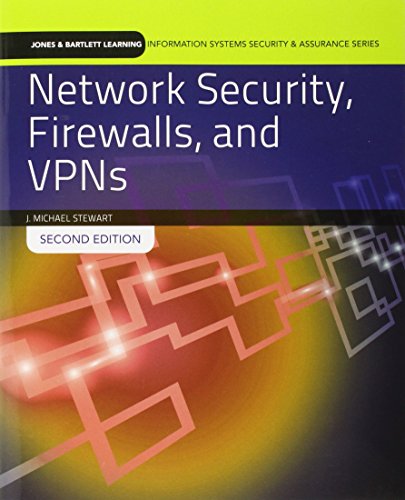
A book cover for Network Security, Firewalls And Vpns (Jones & Bartlett Learning Information Systems Security & Ass); J. Michael Stewart; Computers & Technology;